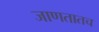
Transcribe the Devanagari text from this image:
जाणतातच